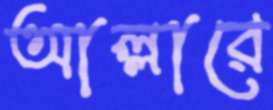
আল্লারে